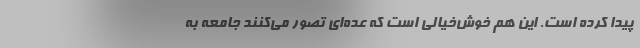
پیدا کرده است. این هم خوش‌خیالی است که عده‌ای تصور می‌کنند جامعه به